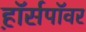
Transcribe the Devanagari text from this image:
ह़ॉर्सपॉवर